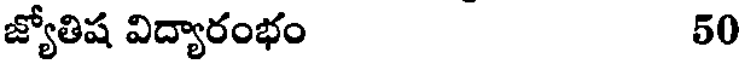
జ్యోతిష విద్యారంభం 50